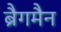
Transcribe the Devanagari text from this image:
ब्रैगमैन